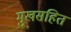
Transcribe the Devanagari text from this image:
मुखसहित